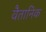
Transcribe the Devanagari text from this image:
वैतानिक